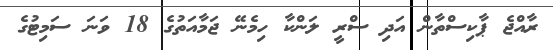
ރާއްޖެ ޕާކިސްތާން އަދި ސްރީ ލަންކާ ހިމެނޭ ޖަމާއަތުގެ 18 ވަނަ ސަމިޓުގެ